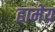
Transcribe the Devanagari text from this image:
हामेय